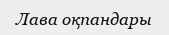
Лава оқпандары